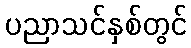
ပညာသင်နှစ်တွင်